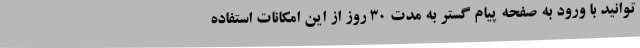
توانید با ورود به صفحه پیام گستر به مدت 30 روز از این امکانات استفاده